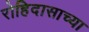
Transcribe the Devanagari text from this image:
रोहिदासाच्या